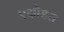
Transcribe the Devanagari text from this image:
एक्षोडस